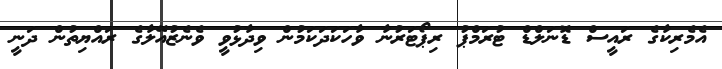
އެމެރިކާގެ ރައީސް ޑޮނަލްޑް ޓުރަމްޕު ރިޕޯޓަރުނާ ވާހަކަދަކަމުން ވިދާޅުވީ ވެނެޒުއޭލާގެ ރައްޔިތުން ދަނީ